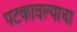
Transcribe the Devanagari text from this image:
पटकावल्याचा